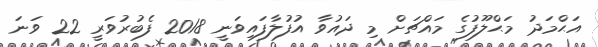
އަޙްމަދު މަޙްލޫފުގެ މައްޗަށް މި ދައުވާ އުފުލާފައިވަނީ 2018 ފެބުރުވަރީ 22 ވަނަ